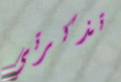
تذكرتي